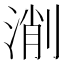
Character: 𣸛